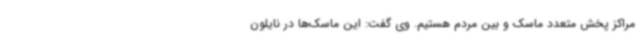
مراکز پخش متعدد ماسک و بین مردم هستیم. وی گفت: این ماسک‌ها در نایلون